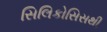
સિલિકોસિસથી